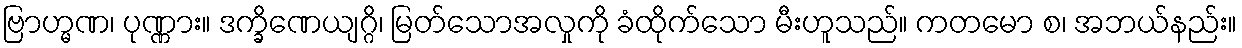
ဗြာဟ္မဏ၊ ပုဏ္ဏား။ ဒက္ခိဏေယျဂ္ဂိ၊ မြတ်သောအလှုကို ခံထိုက်သော မီးဟူသည်။ ကတမော စ၊ အဘယ်နည်း။